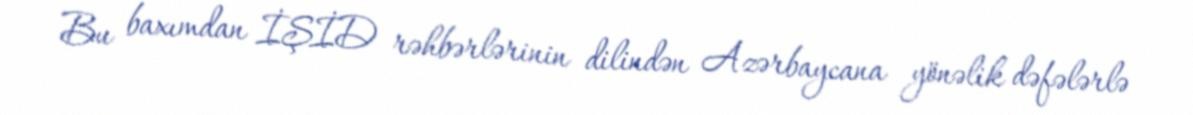
Bu baxımdan İŞİD rəhbərlərinin dilindən Azərbaycana yönəlik dəfələrlə